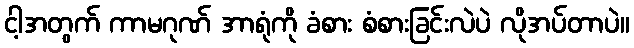
ငါ့အတွက် ကာမဂုဏ် အာရုံကို ခံစား စံစားခြင်းလဲပဲ လိုအပ်တာပဲ။